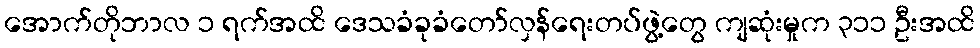
အောက်တိုဘာလ ၁ ရက်အထိ ဒေသခံခုခံတော်လှန်ရေးတပ်ဖွဲ့တွေ ကျဆုံးမှုက ၃၁၁ ဦးအထိ